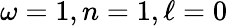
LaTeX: \omega=1,n=1,\ell=0